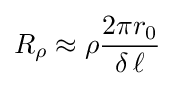
R_{\rho }\approx \rho {\frac {2\pi r_{0}}{\delta \,\ell }}